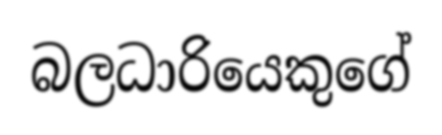
බලධාරියෙකුගේ